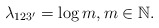
\begin{align*} \lambda_{123'}=\log m,m\in\mathbb{N}.\end{align*}